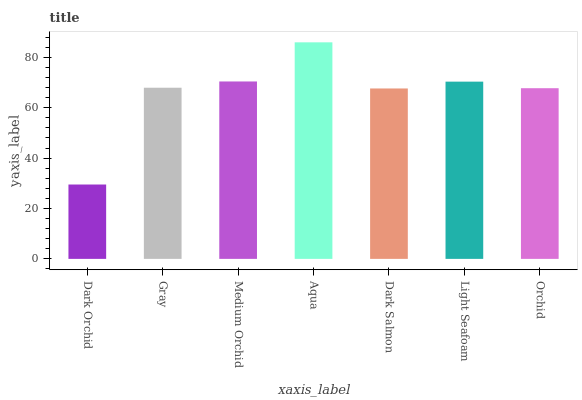
| xaxis_label | bars |
 | --- | --- |
 | Dark Orchid | 29.5 |
 | Gray | 67.9 |
 | Medium Orchid | 70.4 |
 | Aqua | 86 |
 | Dark Salmon | 67.6 |
 | Light Seafoam | 70.4 |
 | Orchid | 67.7 |